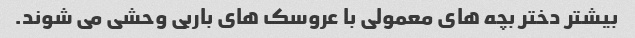
بیشتر دختر بچه های معمولی با عروسک های باربی وحشی می شوند.